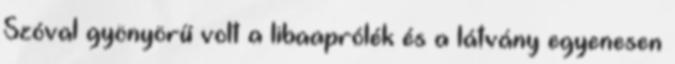
Szóval gyönyörű volt a libaaprólék és a látvány egyenesen